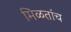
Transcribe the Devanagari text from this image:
मिळतांच